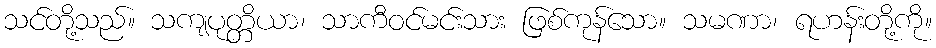
သင်တို့သည်။ သကျပုတ္တိယာ၊ သာကီဝင်မင်းသား ဖြစ်ကုန်သော။ သမဏာ၊ ရဟန်းတို့ကို။